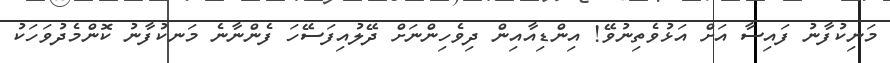
މަނިކުފާނު ފައިސާ އަށް އަޅުވެތިނުވޭ! އިންޑިއާއިން ދިވެހިންނަށް ދޭލުއިފަސޭހަ ފެންނާނެ މަނކުފާނު ކޮންމެދުވަހަކު